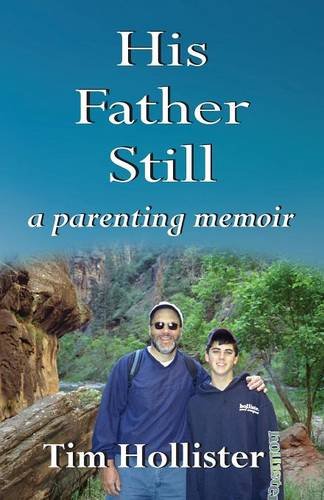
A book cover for His Father Still: A Parenting Memoir; Tim Hollister; Self-Help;